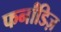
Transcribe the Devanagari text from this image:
फर्नांडिज़